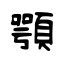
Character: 顎